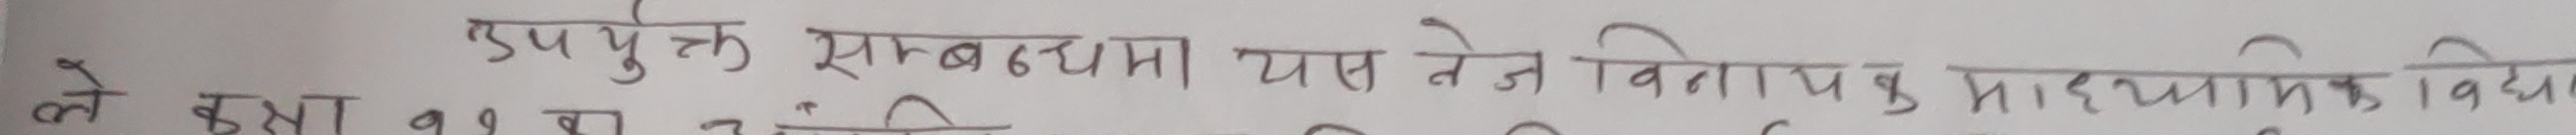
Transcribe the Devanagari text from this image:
उपयुक्त सम्बन्धमा यसले विनायपर्क आध्यात्मिक विद्यो